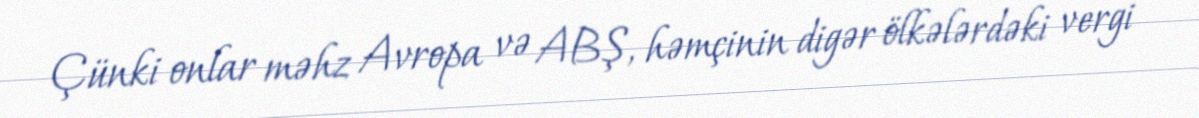
Çünki onlar məhz Avropa və ABŞ, həmçinin digər ölkələrdəki vergi